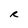
Character: R